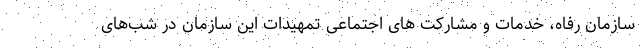
سازمان رفاه، خدمات و مشارکت های اجتماعی تمهیدات این سازمان در شب‌های